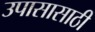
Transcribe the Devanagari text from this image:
उपासासाठी